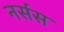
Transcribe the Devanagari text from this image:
नर्सस